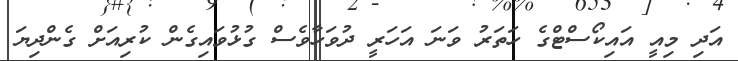
އަދި މިއީ އައިކޯސްޓްގެ ހަތަރު ވަނަ އަހަރީ ދުވަހާވެސް ގުޅުވައިގެން ކުރިއަށް ގެންދިޔަ